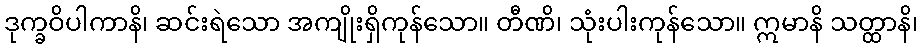
ဒုက္ခဝိပါကာနိ၊ ဆင်းရဲသော အကျိုးရှိကုန်သော။ တီဏိ၊ သုံးပါးကုန်သော။ ဣမာနိ သတ္ထာနိ၊